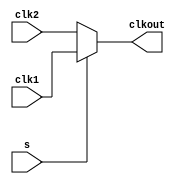
// SPDX-License-Identifier: Apache-2.0
// Copyright (C) 2019 Intel Corporation. 
module aibndpnr_dll_atech_clkmux

// IMPORTANT NOTICE: This clock mux behavioral model
// must be mapped to either a transmission gate mux
// or a pass gate mux in the standard cell library.
// Failure to comply will result in glitch hazards.

(
             input    wire   clk1,
             input    wire   clk2,
             input    wire   s,		// Select
             output   wire   clkout
);

assign clkout = s ? clk1 : clk2;	// 2:1 clock mux

endmodule